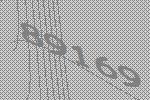
89169